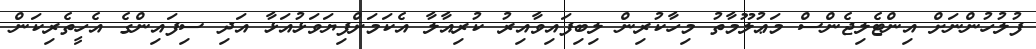
ފުލުހުންނަށް އިންޓެލިޖެންސް މަޢުލޫމާތު މިހާކުރިން ލިބިފައިވާއިރު ކުރިއާލާ އެކަމަށްފިޔަވަޅުއަޅާ އަދި ސިފައިންގެ އެހީތެރިކަން